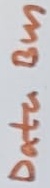
Text: Data Bus